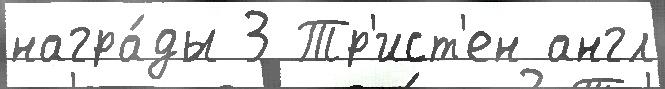
награ́ды 3 Тр'ист'ен англ